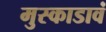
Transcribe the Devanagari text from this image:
मुस्काडावं